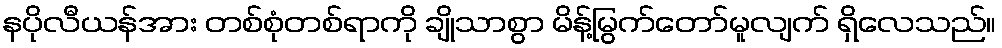
နပိုလီယန်အား တစ်စုံတစ်ရာကို ချိုသာစွာ မိန့်မြွက်တော်မူလျက် ရှိလေသည်။